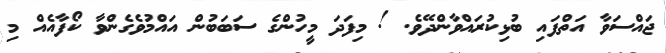
ޖައްސަވާ އަތްފައި ބުޅިކުރައްވާންދޭވެ. ! މިފަދަ މީހުންގެ ސަބަބުން އައްމުވެގެންވާ ކޯފާއެއް މި